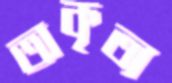
অকৃত্য